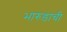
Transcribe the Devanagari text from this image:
भारुडाची